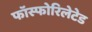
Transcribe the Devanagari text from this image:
फॉस्फोरिलेटेड